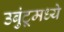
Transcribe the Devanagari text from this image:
उबुंटूमध्ये